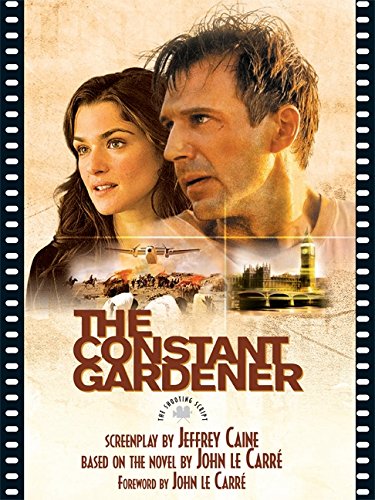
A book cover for The Constant Gardner: The Shooting Script; Jeffrey Caine; Humor & Entertainment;